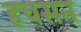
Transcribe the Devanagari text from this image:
हचसन